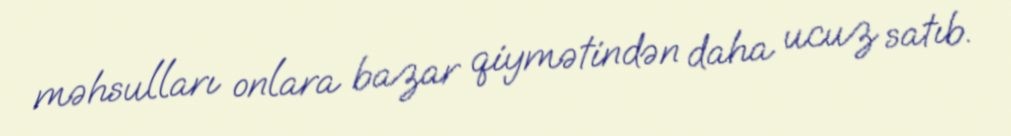
məhsulları onlara bazar qiymətindən daha ucuz satıb.